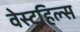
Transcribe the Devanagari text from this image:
वेस्टहिल्स